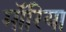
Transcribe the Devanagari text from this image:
मॉरिया